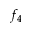
f _ { 4 }